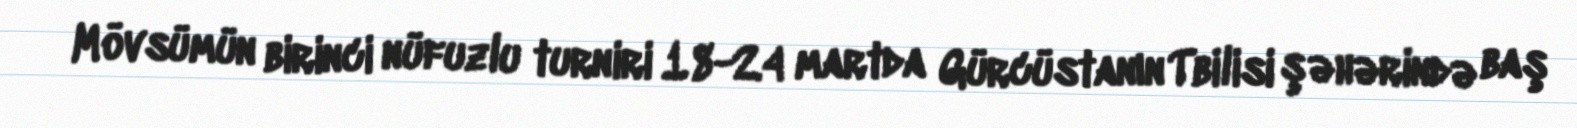
Mövsümün birinci nüfuzlu turniri 18-24 martda Gürcüstanın Tbilisi şəhərində baş